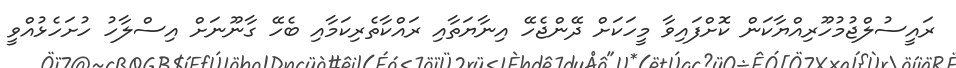
ރައީސުލްޖުމުހޫރިއްޔާކަން ކޮށްފައިވާ މީހަކަށް ދޭންޖެހޭ އިނާޔަތާއި ރައްކާތެރިކަމާއި ބެހޭ ގާނޫނަށް އިސްލާހު ހުށަހެޅުއްވީ